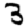
Digit: 3